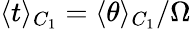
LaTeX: \langle t\rangle_{C_{1}}=\langle\theta\rangle_{C_{1}}/\Omega